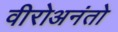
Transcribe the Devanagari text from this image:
वीरोअनंतो